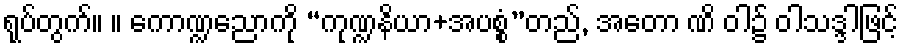
ရုပ်တွက်။ ။ ကောဏ္ဍညောကို “ကုဏ္ဍနိယာ+အပစ္စံ”တည်, အတော ဏိ ဝါ၌ ဝါသဒ္ဒါဖြင့်